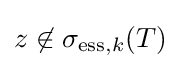
z\not \in \sigma _{\mathrm {ess} ,k}(T)